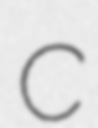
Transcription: C